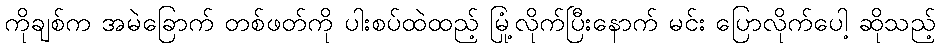
ကိုချစ်က အမဲခြောက် တစ်ဖတ်ကို ပါးစပ်ထဲထည့် မြုံ့လိုက်ပြီးနောက် မင်း ပြောလိုက်ပေါ့ ဆိုသည့်